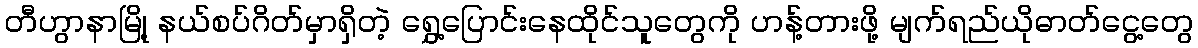
တီဟွာနာမြို့ နယ်စပ်ဂိတ်မှာရှိတဲ့ ရွှေ့ပြောင်းနေထိုင်သူတွေကို ဟန့်တားဖို့ မျက်ရည်ယိုဓာတ်ငွေ့တွေ